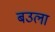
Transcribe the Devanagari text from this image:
बउला